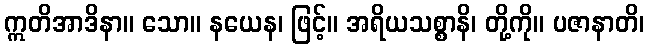
ဣတိအာဒိနာ။ သော။ နယေန၊ ဖြင့်။ အရိယသစ္စာနိ၊ တို့ကို။ ပဇာနာတိ၊